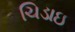
ચિડાઇ